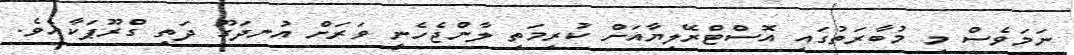
ނަމަވެސް މި މުބާރަތުގައި އޮސްޓްރޭލިޔާއަށް ކުރިމަތި ލާންޖެހެނީ ވަރަށް އުނދަގޫ ދަތި ގްރޫޕަކާއެވެ.